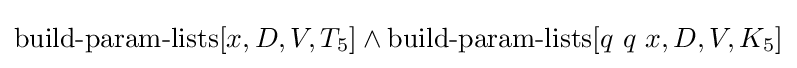
\operatorname {build-param-lists} [x,D,V,T_{5}]\land \operatorname {build-param-lists} [q\ q\ x,D,V,K_{5}]